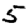
Digit: 5